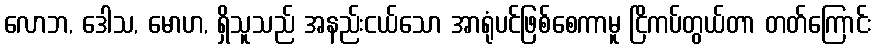
လောဘ, ဒေါသ, မောဟ, ရှိသူသည် အနည်းငယ်သော အာရုံပင်ဖြစ်စေကာမူ ငြိကပ်တွယ်တာ တတ်ကြောင်း